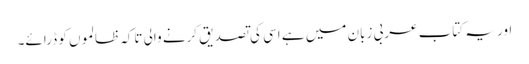
اور یہ کتاب عربی زبان میں ہے اسی کی تصدیق کرنے والی تاکہ ظالموں کو ڈرائے۔